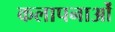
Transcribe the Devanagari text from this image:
कलापनाओं